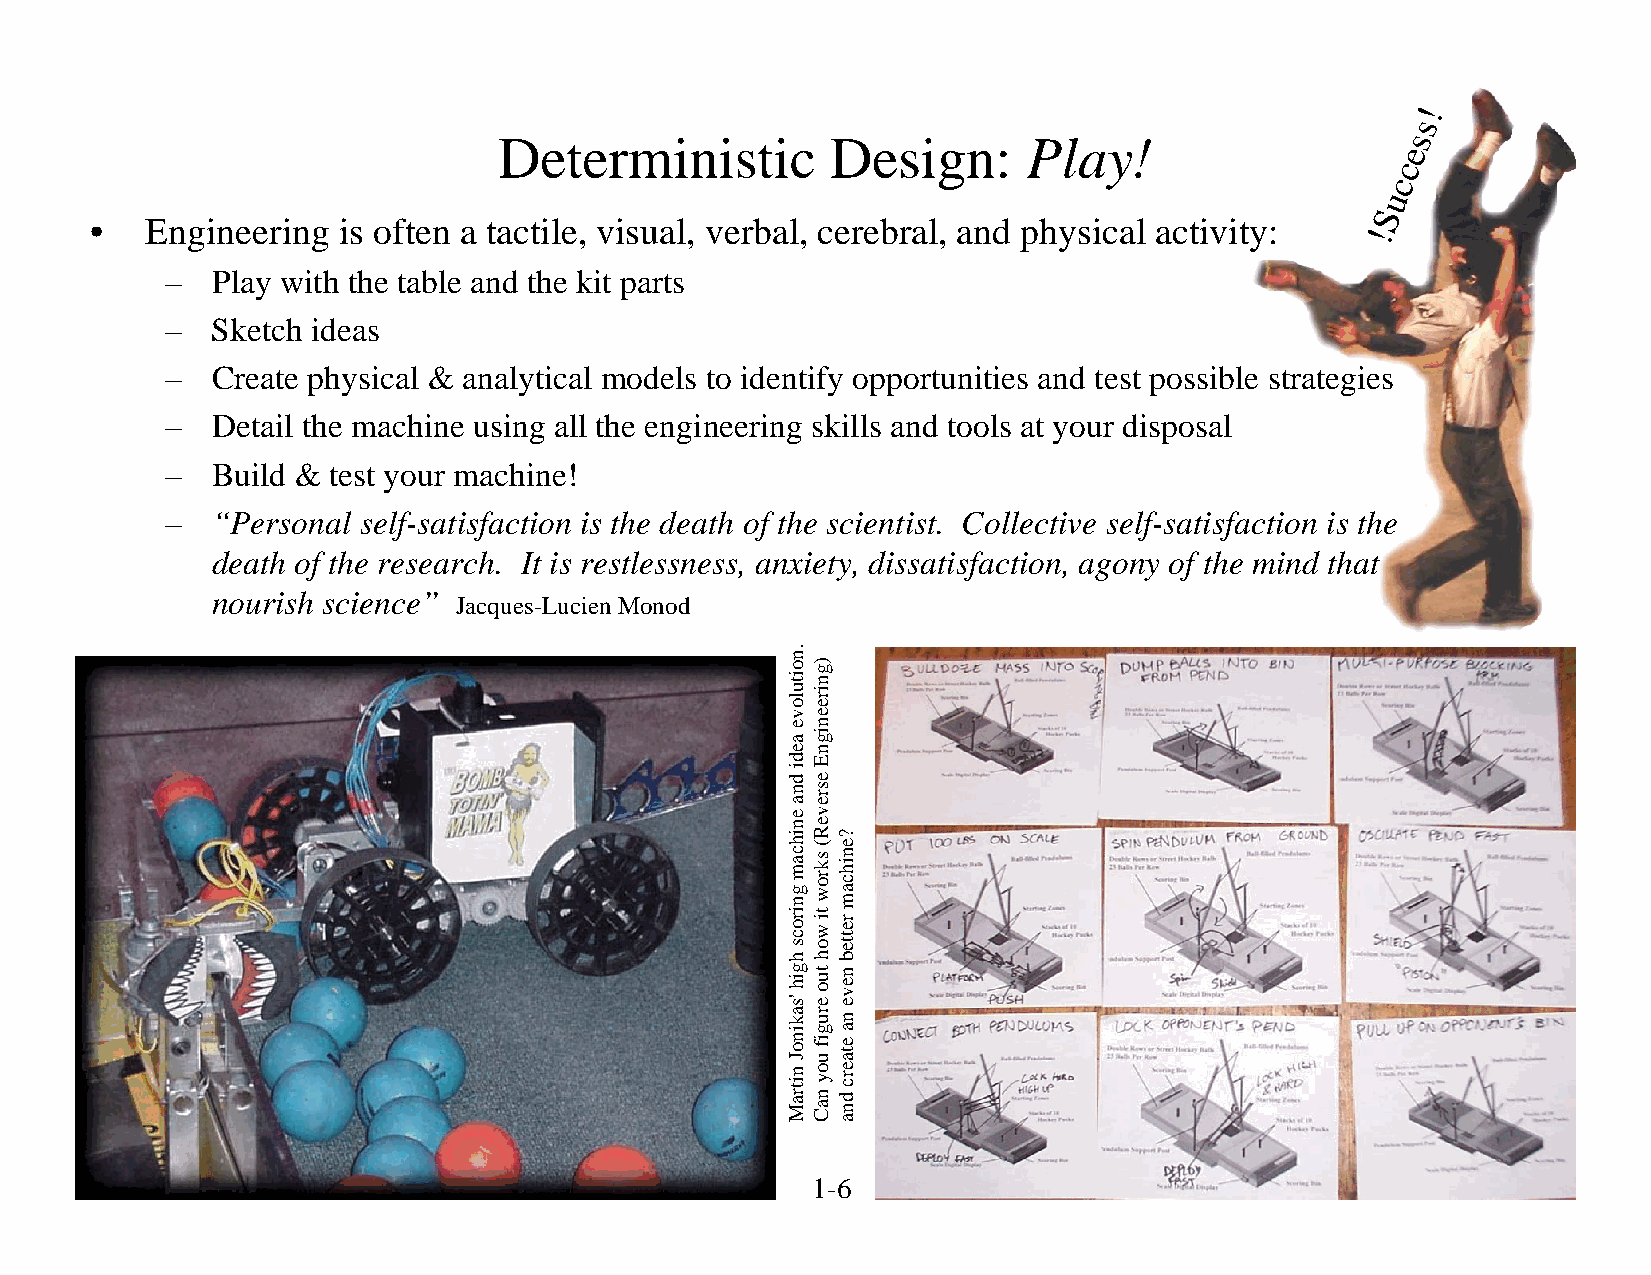
!
 s
 Deterministic         Design:      Play!                    s
 e
 c
 c
 u
 S
 •   Engineering is often a tactile, visual, verbal, cerebral, and physical activity:
 !
 –  Play with the table and the kit parts
 –  Sketch ideas
 –  Create physical & analytical models to identify opportunities and test possible strategies
 –  Detail the machine using all the engineering skills and tools at your disposal
 –  Build & test your machine!
 –  “Personal self-satisfaction is the death of the scientist. Collective self-satisfaction is the
 death of the research. It is restlessness, anxiety, dissatisfaction, agony of the mind that
 nourish science”
 Jacques-Lucien Monod
 © 2008 Alexander Slocum                         1-6                                       1/1/2008
 .noitulove
 aedi
 dna
 enihcam
 gnirocs
 hgih
 'sakinoJ
 nitraM
 )gnireenignE
 esreveR(
 skrow
 ti
 woh
 tuo
 erugif
 uoy
 naC
 ?enihcam
 retteb
 neve
 na
 etaerc
 dna